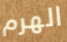
الهرم